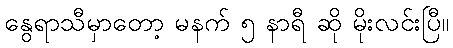
နွေရာသီမှာတော့ မနက် ၅ နာရီ ဆို မိုးလင်းပြီ။